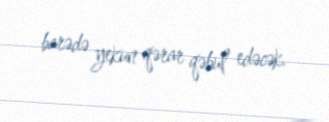
barədə yekun qərar qəbul edəcək.